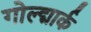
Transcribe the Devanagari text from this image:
गोल्द्मार्क